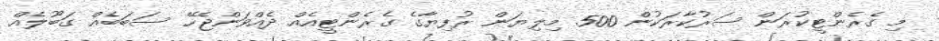
މި ގެރެންޓީކުރަން ސަރުކާރަކުން 500 މިލިޔަން ރުފިޔާގެ ގެރެންޓީއެއް ދެއްވަންޖެހޭ ސަބަބެއް ގަބޫލެއް